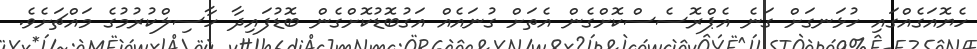
ހެޔޮއަގެއްގައި ހުޅަނގަށް ގަނެ އެޕްރޮސެސްކޮށްގެން އެތަށް ގުނައެއް އަގުބޮޑުކޮށްގެން ބޮޑުފައިދާ ހާސިލްކުރުމުގެ މައްޗަށެވެ.